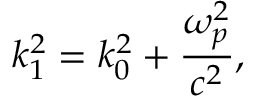
k _ { 1 } ^ { 2 } = k _ { 0 } ^ { 2 } + { \frac { \omega _ { p } ^ { 2 } } { c ^ { 2 } } } ,